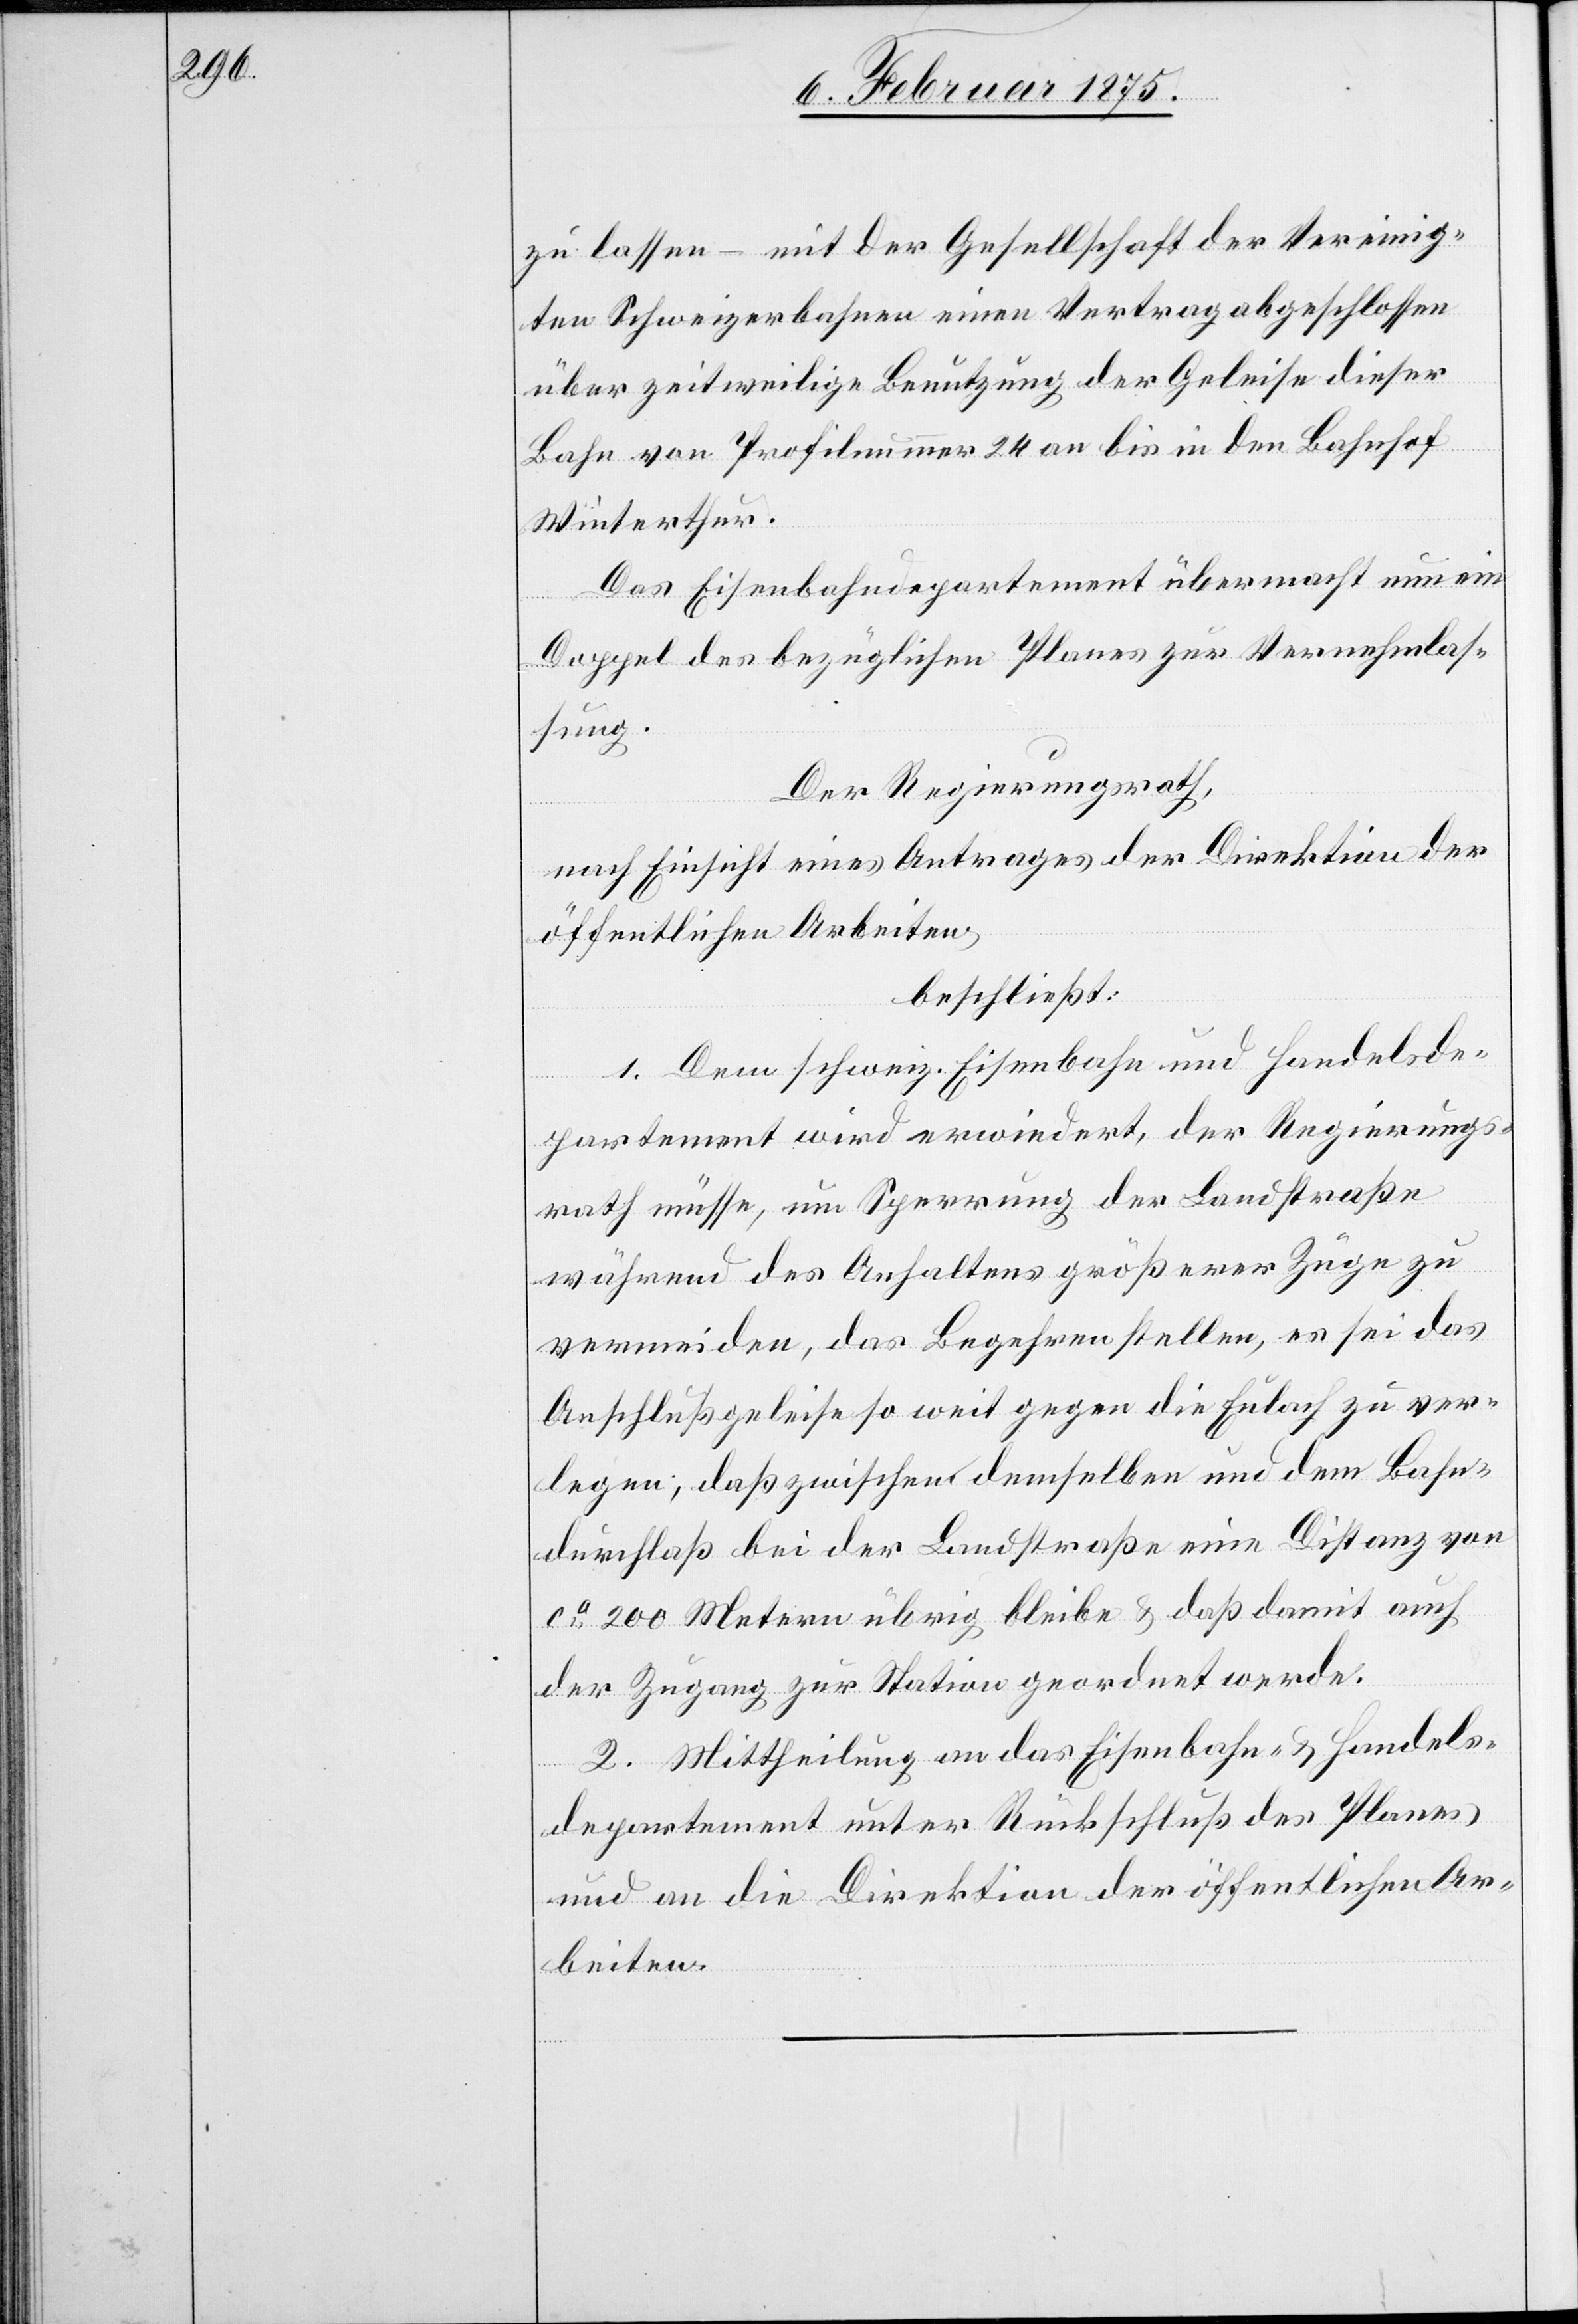
zu lassen – mit der Gesellschaft der Vereinig¬
ten Schweizerbahnen einen Vertrag abgeschlossen
über zeitweilige Benutzung der Geleise dieser
Bahn von Profilnummer 24 bis in den Bahnhof
Winterthur.
Das Eisenbahndepartement übermacht nun ein
Doppel des bezüglichen Planes zur Vernehmlas¬
sung.
Der Regierungsrath,
nach Einsicht eines Antrages der Direktion der
öffentlichen Arbeiten,
beschließt:
1. Dem schweiz. Eisenbahn- und Handelsde¬
partement wird erwiedert, der Regierungs¬
rath müsse, um Sperrung der Landstraße
während des Anhaltens größerer Züge zu
vermeiden, das Begehren stellen, es sei das
Anschlußgeleise so weit gegen die Eulach zu ver¬
legen, daß zwischen demselben und dem Bahn¬
durchlaß bei der Landstraße eine Distanz von
ca 200 Metern übrig bleibe & daß damit auch
der Zugang zur Station geordnet werde.
2. Mittheilung an das Eisenbahn- & Handels¬
departement unter Rückschluß des Planes
und an die Direktion der öffentlichen Ar¬
beiten.